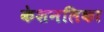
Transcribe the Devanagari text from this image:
केशनलिका